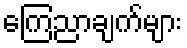
ကြေညာချက်များ